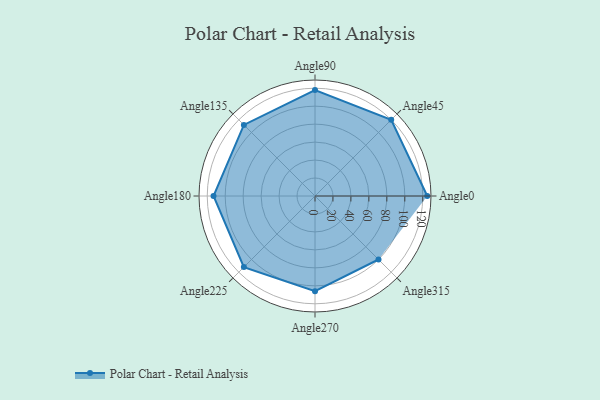
{"axis": {"x": "Angle", "y": "Radius"}, "legend": [""], "data": [{"x": "Angle0", "y": 125.0, "type": ""}, {"x": "Angle45", "y": 120.0, "type": ""}, {"x": "Angle90", "y": 118.0, "type": ""}, {"x": "Angle135", "y": 112.0, "type": ""}, {"x": "Angle180", "y": 113.0, "type": ""}, {"x": "Angle225", "y": 112.0, "type": ""}, {"x": "Angle270", "y": 106.0, "type": ""}, {"x": "Angle315", "y": 100.0, "type": ""}]}